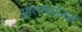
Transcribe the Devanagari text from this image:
आत्मव्यंजक